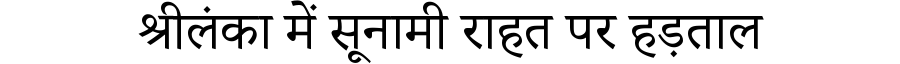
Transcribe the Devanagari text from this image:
श्रीलंका में सूनामी राहत पर हड़ताल